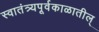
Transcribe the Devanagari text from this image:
स्वातंत्र्यपूर्वकाळातील्